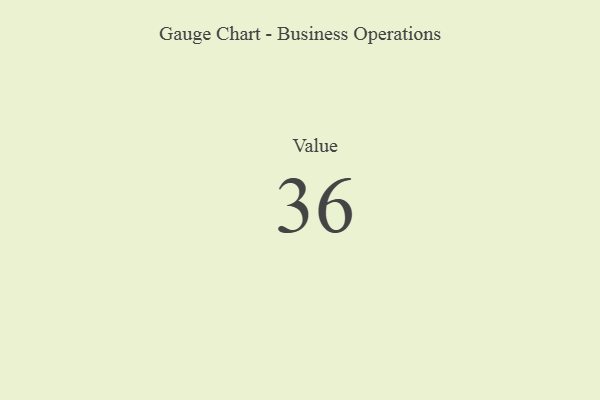
{"axis": {"x": "Metric", "y": "Value"}, "legend": [""], "data": [{"x": "Value", "y": 36, "type": ""}]}